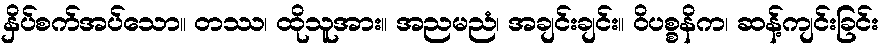
နှိပ်စက်အပ်သော။ တဿ၊ ထိုသူအား။ အညမညံ၊ အချင်းချင်း။ ဝိပစ္စနိက၊ ဆန့်ကျင်းခြင်း